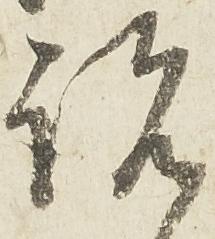
説